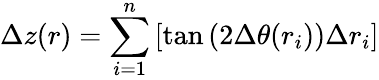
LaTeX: \Delta z(r)=\sum_{i=1}^{n}\left[\tan\left(2\Delta\theta(r_{i})\right)\Delta r_{i}\right]